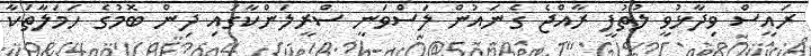
ރައީސް ވިދާޅުވީ ލުތުފީ ރާއްޖެ ގެނައުން ލަސްވަނީ ސްރީލަންކާގައި ދިން ބޮމުގެ ހަމަލާތަކާ